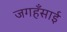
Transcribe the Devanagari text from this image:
जगहँसाई